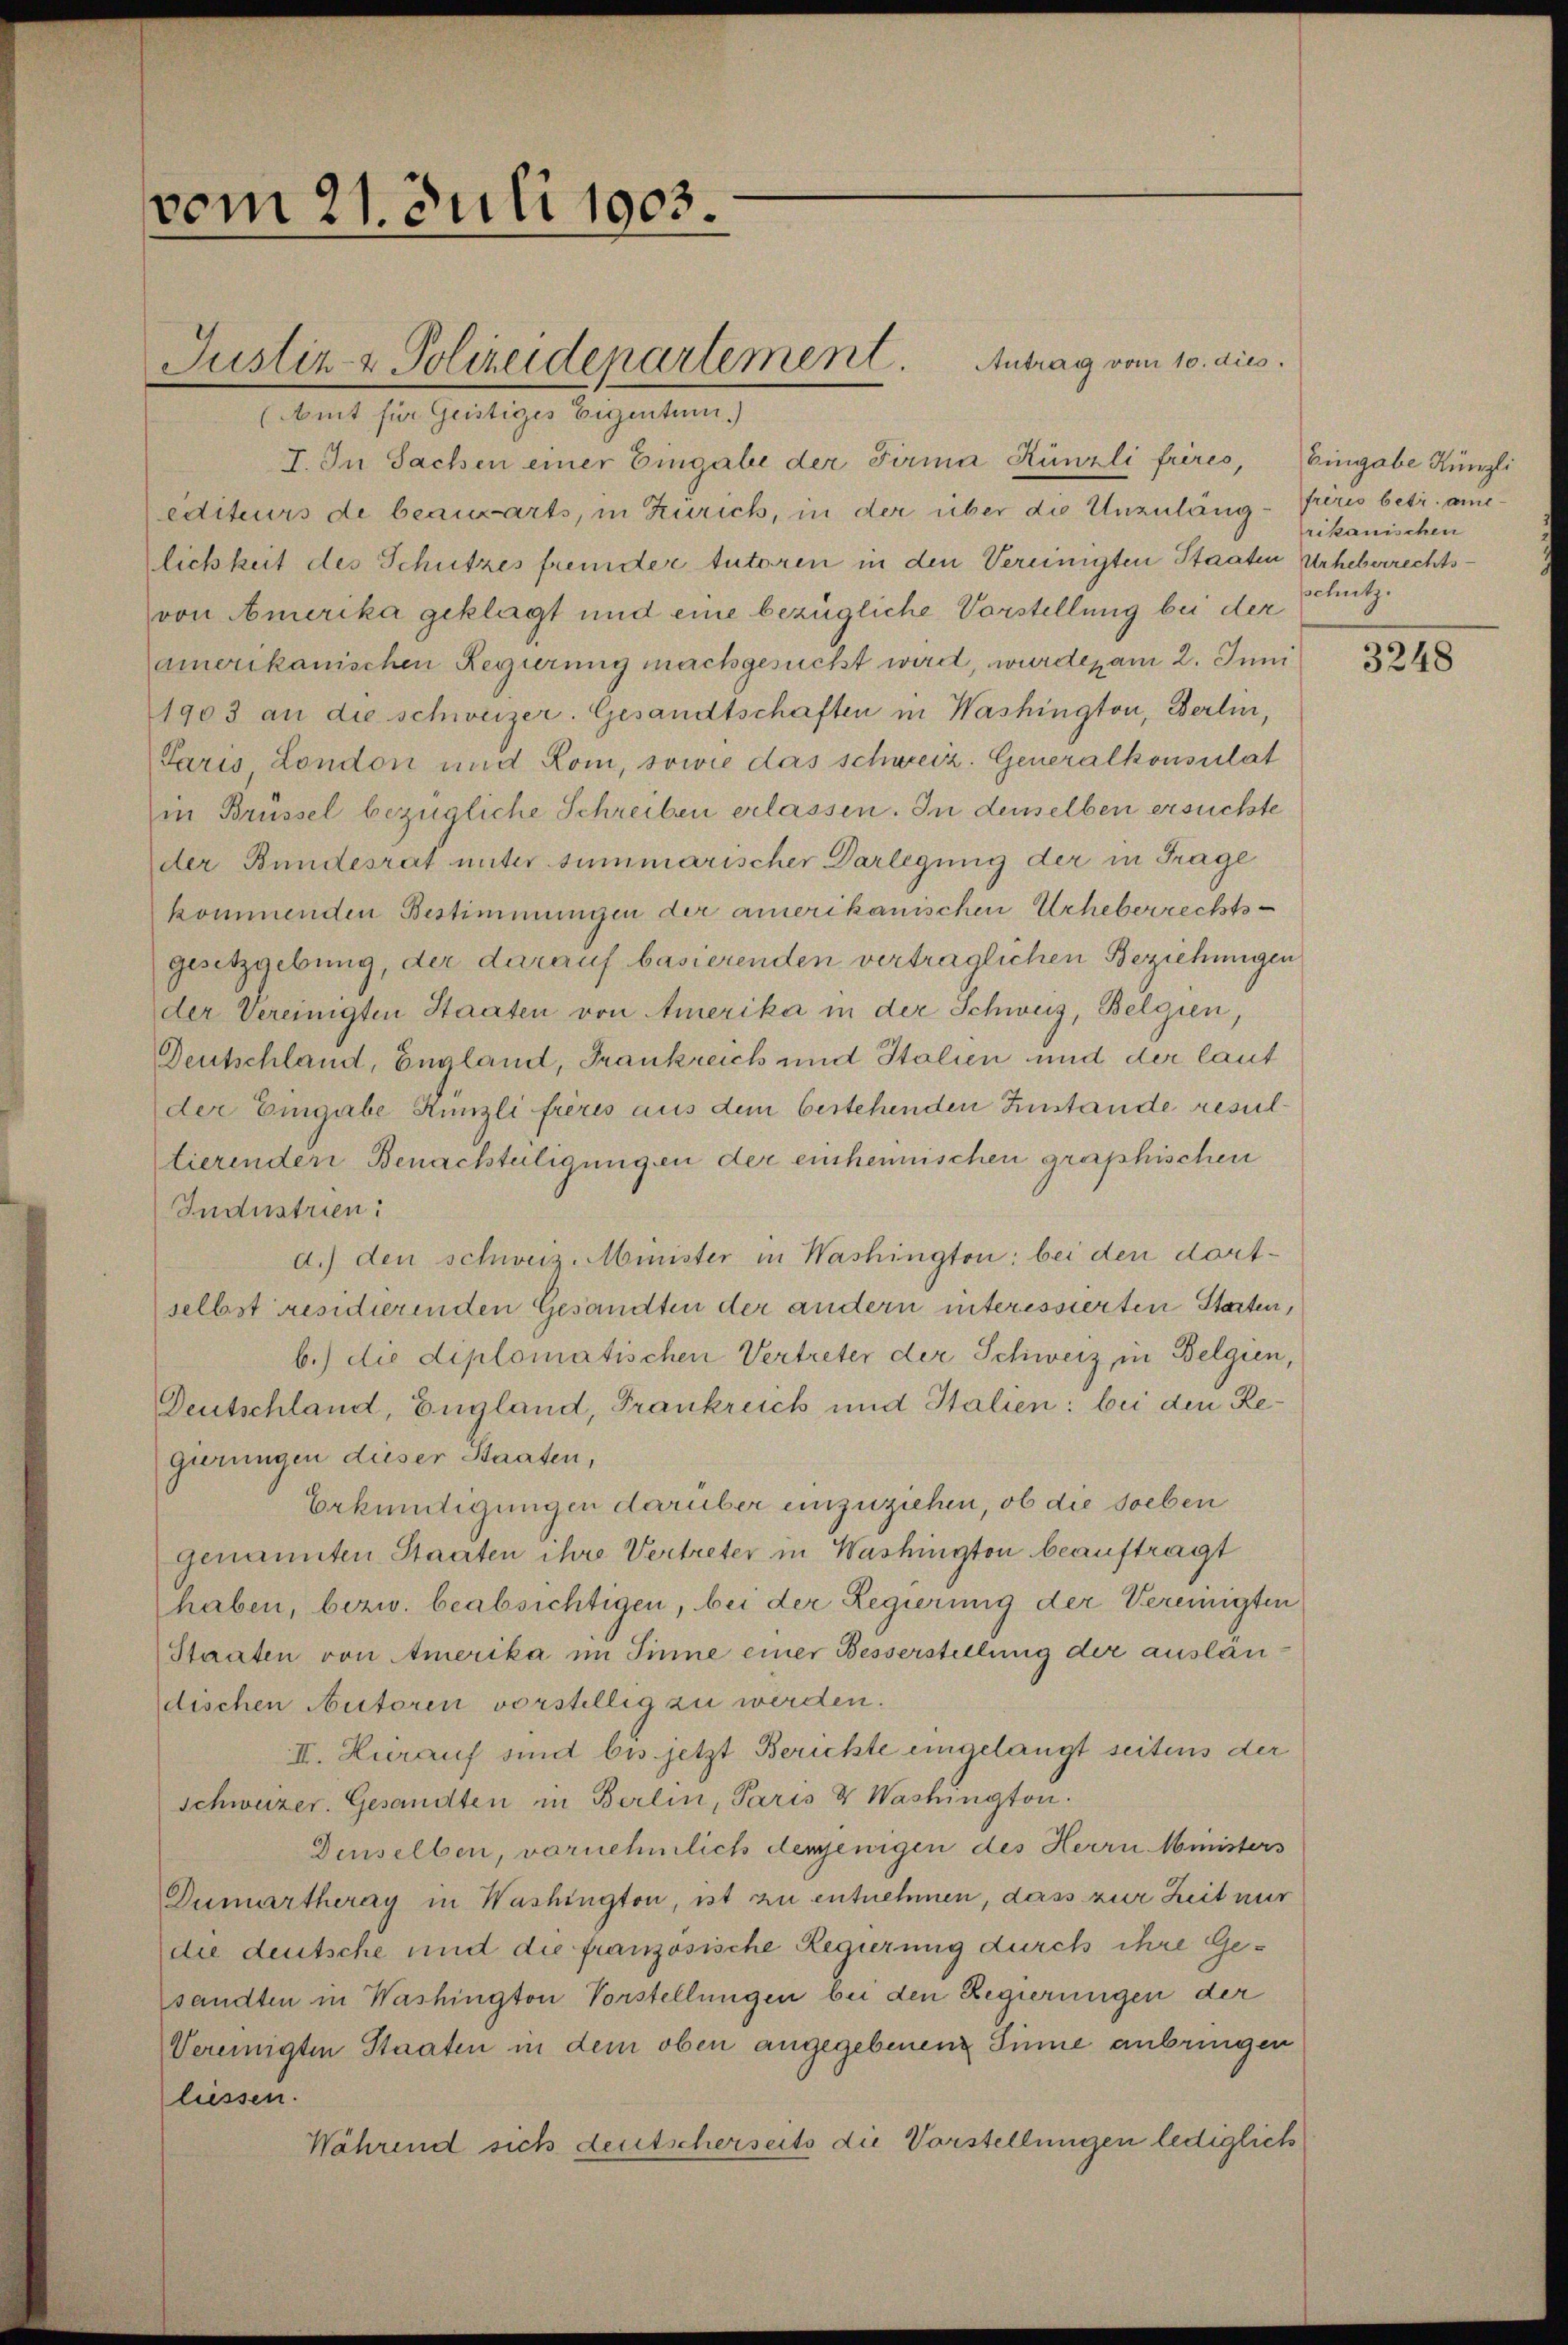
vom 21. Juli 1903.

Justiz- & Polizeidepartement.
(Amt für Geistiges Eigentum.)

I. In Sachen einer Eingabe der Firma Künzli frères,
editeurs de beauwarts, in Zürich, in der über die Unzuläng- frères betr. amelichkeit des Schutzes fremder tutoren in den Vereinigten Staaten Urheberrechtsvon Amerika geklagt und eine bezügliche Vorstellung bei der
amonikanischen Regierung nachgesucht wird, wurden am 2. Juni
1903 an die schweizer. Gesandtschaften in Washington, Berlin,
Paris London und Rom, sowie das schweiz. Generalkonsulat
in Brüssel bezügliche Schreiben erlassen. In denselben ersuchte
der Bundesrat unter summarischer Darlegung der in Frage
kommenden Bestimmungen der amerikanischen Urheberrechts-
gesetzgebung, der darauf basierenden vertraglichen Beziehungen
der Vereinigten Staaten von Amerika in der Schweiz, Belgien,
Deutschland, England, Frankreich und Italien und der laut
der Eingabe Künzli frères aus dem bestehenden Zinstande resultierenden Benachteiligungen der einheimischen graphischen
Industrien:
d.) den schweiz. Minister in Washington bei den dortselbst residierenden Gesandten der andern interessierten Starten,
b.) die diplomatischen Vertreter der Schweiz, in Belgien,
Deutschland, England, Frankreich und Italien: bei den Regierungen dieser Staaten,
Erkundigungen darüber unzuziehen, ob die soeben
Genannten Staaten ihre Vertreter in Washington beauftragt
haben, bezw. beabsichtigen, bei der Regierung der Vereinigten
Staaten von Amerika im Sinne einer Besserstellung der auslän-
dischen Autoren vorstellig zu werden.
II. Hierauf sind bis jetzt Berichte eingelangt seitens der
Schweizer. Gesandten in Berlin, Paris & Washington.
Denselben, vornehmlich demjenigen des Herrn Ministers
Dumartheray in Washington, ist zu entnehmen, dass zur Zeit nur
die deutsche und die französische Regierung durch ihre Gesandten in Washington Vorstellungen bei den Regierungen der
Vereinigten Staaten in dem oben angegebenen Sinne anbringen
liessen.
Während sich deutscherseits die Vorstellungen lediglich

Antrag vom 10. dies

Eingabe Künzli
rikanischen
schutz.

3248